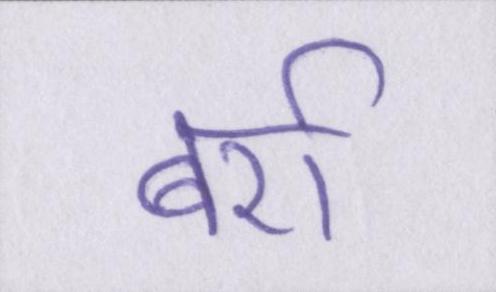
बर्रा